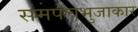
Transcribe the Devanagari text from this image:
समपंचभुजाकार